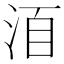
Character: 𣴨